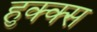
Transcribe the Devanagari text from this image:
हुक्क्स